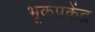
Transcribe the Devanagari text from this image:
भूकंपकेंद्र